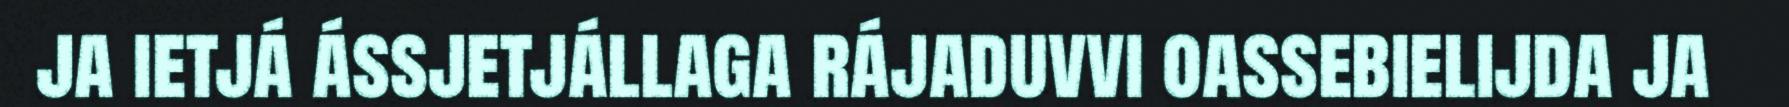
ja ietjá ássjetjállaga rájaduvvi oassebielijda ja